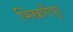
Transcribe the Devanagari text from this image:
भिखारीपुर